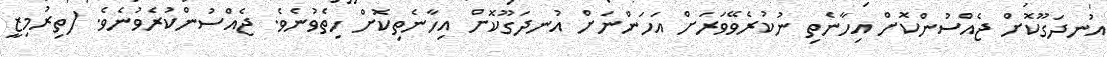
އުނދަގޫކޮށް ޖެއްސުންކޮށް އިހާނެތި ނުކުރެވޭވަރަށް އަހަންނަށް އުނދަގޫކޮށް އިހާނެތިކޮށް ހިތެވުނެވެ. ޖެއްސުންކުރެވުނެވެ. (ތިރުމިޒީ